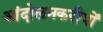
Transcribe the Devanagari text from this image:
आंदोलनकरीयों